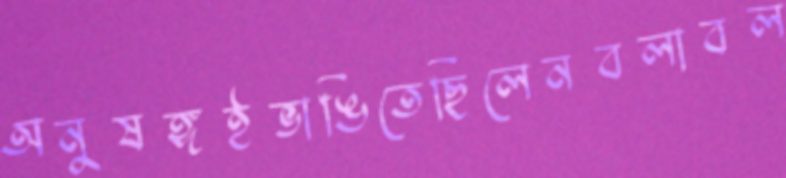
অনুষঙ্গইভাঙিতেছিলেনবলাবল